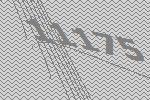
11175